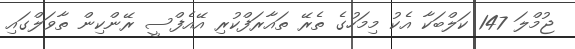
ޖުމްލަ 147 ކަލްބަކާ އެކު މިމަހުގެ ތެރޭ ތައާރަފްކުރި އޭއެފްސީ ރޭންކިން ތާވަލްގައި